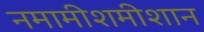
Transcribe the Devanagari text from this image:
नमामीशमीशान